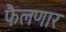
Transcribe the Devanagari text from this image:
फैलणार